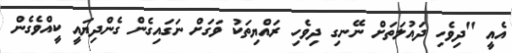
އެއީ "ދިވެހި ދައުލަތަށް ނޭނގި ދިވެހި ރައްޔިތަކު ވަގަށް ނަގައިގެން ގެންދިޔައީ ކީއްވެގެން